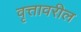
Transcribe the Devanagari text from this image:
वृत्तावरील